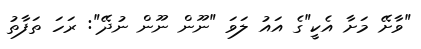
"ވާށޭ މަށާ އެކީ"ގެ އައު ލަވަ "ނޫން ނޫން ނުދޭ": ރަހަ ތަފާތު